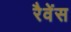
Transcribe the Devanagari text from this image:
रैवेंस